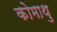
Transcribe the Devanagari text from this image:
कोमाथु